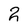
Character: 2